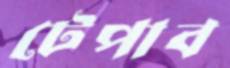
টেপাব